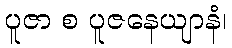
ပူဇာ စ ပူဇနေယျာနံ၊